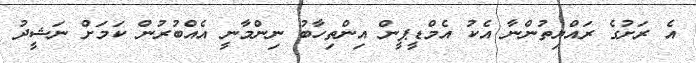
އެ ރަށުގެ ރައްޔިތުންނާ އެކު އެމްޑީޕީން އިންތިހާބު ނިންމާނީ އެއްބުރުން ކަމަށް ނަޝީދު